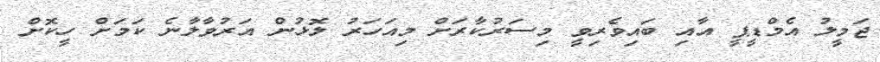
ޖަމީލު އެމްޑީޕީ އާއި ބައިވެރިވީ މިސަރުކާރަށް މިއަހަރު ލޮޅުން އަރުވާލާނެ ކަމަށް ހީކޮށް